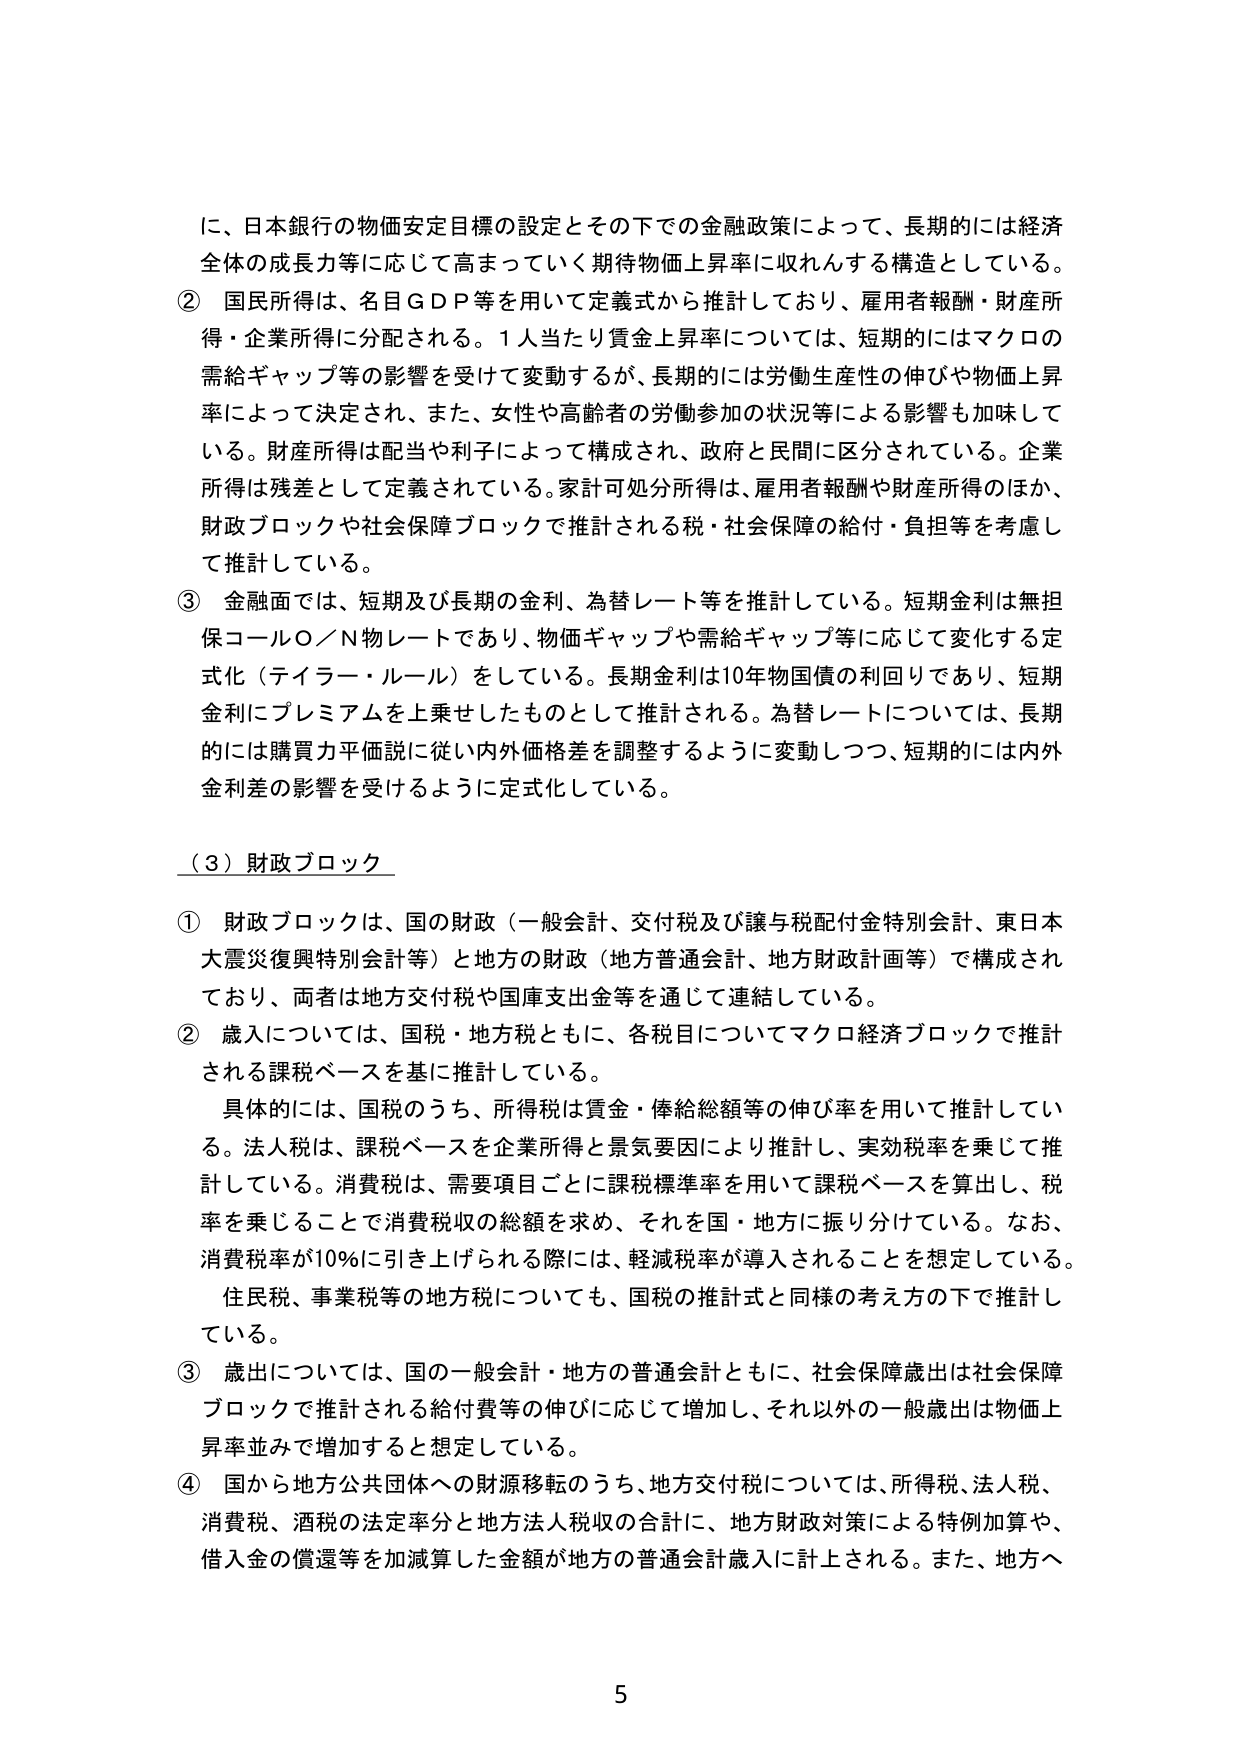
に、日本銀行の物価安定目標の設定とその下での金融政策によって、長期的には経済全体の成長力等に応じて高まっていく期待物価上昇率に収れんする構造としている。

② 国民所得は、名目ＧＤＰ等を用いて定義式から推計しており、雇用者報酬・財産所得・企業所得に分配される。１人当たり賃金上昇率については、短期的にはマクロの需給ギャップ等の影響を受けて変動するが、長期的には労働生産性の伸びや物価上昇率によって決定され、また、女性や高齢者の労働参加の状況等による影響も加味している。財産所得は配当や利子によって構成され、政府と民間に区分されている。企業所得は残差として定義されている。家計可処分所得は、雇用者報酬や財産所得のほか、財政ブロックや社会保障ブロックで推計される税・社会保障の給付・負担等を考慮して推計している。

③ 金融面では、短期及び長期の金利、為替レート等を推計している。短期金利は無担保コールＯ／Ｎ物レートであり、物価ギャップや需給ギャップ等に応じて変化する定式化（テイラー・ルール）をしている。長期金利は10年物国債の利回りであり、短期金利にプレミアムを上乗せしたものとして推計される。為替レートについては、長期的には購買力平価説に従い内外価格差を調整するように変動しつつ、短期的には内外金利差の影響を受けるように定式化している。

（３）財政ブロック

① 財政ブロックは、国の財政（一般会計、交付税及び譲与税配付金特別会計、東日本大震災復興特別会計等）と地方の財政（地方普通会計、地方財政計画等）で構成されており、両者は地方交付税や国庫支出金等を通じて連結している。

② 歳入については、国税・地方税ともに、各税目についてマクロ経済ブロックで推計される課税ベースを基に推計している。

具体的には、国税のうち、所得税は賃金・俸給総額等の伸び率を用いて推計している。法人税は、課税ベースを企業所得と景気要因により推計し、実効税率を乗じて推計している。消費税は、需要項目ごとに課税標準率を用いて課税ベースを算出し、税率を乗じることで消費税収の総額を求め、それを国・地方に振り分けている。なお、消費税率が10％に引き上げられる際には、軽減税率が導入されることを想定している。住民税、事業税等の地方税についても、国税の推計式と同様の考え方の下で推計している。

③ 歳出については、国の一般会計・地方の普通会計ともに、社会保障歳出は社会保障ブロックで推計される給付費等の伸びに応じて増加し、それ以外の一般歳出は物価上昇率並みで増加すると想定している。

④ 国から地方公共団体への財源移転のうち、地方交付税については、所得税、法人税、消費税、酒税の法定率分と地方法人税収の合計に、地方財政対策による特例加算や、借入金の償還等を加減算した金額が地方の普通会計歳入に計上される。また、地方へ

5